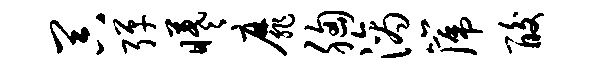
器弹曦靡胸滴篪酸